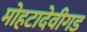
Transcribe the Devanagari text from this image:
मोहटादेवीगड